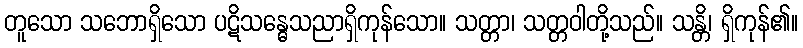
တူသော သဘောရှိသော ပဋိသန္ဓေသညာရှိကုန်သော။ သတ္တာ၊ သတ္တဝါတို့သည်။ သန္တိ၊ ရှိကုန်၏။